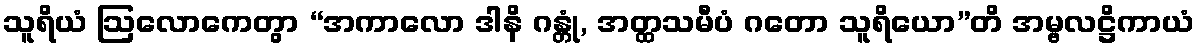
သူရိယံ ဩလောကေတွာ “အကာလော ဒါနိ ဂန္တုံ, အတ္ထသမီပံ ဂတော သူရိယော”တိ အမ္ဗလဋ္ဌိကာယံ